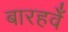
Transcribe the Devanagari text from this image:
बारहवेँ